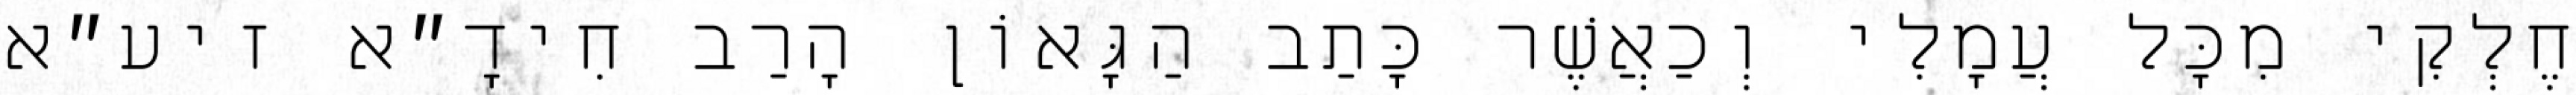
חֶלְקִי מִכׇּל עֲמָלִי וְכַאֲשֶׁר כָּתַב הַגָּאוֹן הָרַב חִידָ״א זיע״א